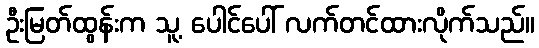
ဦးမြတ်ထွန်းက သူ့ ပေါင်ပေါ် လက်တင်ထားလိုက်သည်။